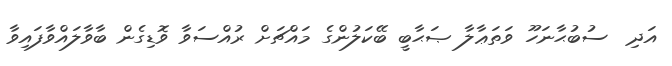
އަދި  ސުބުޙާނަހޫ ވަތަޢާލާ ޞަޙާބީ ބޭކަލުންގެ މައްޗަށް ރުއްސަވާ ވޮޑިގެން ބާވާލައްވާފައިވާ